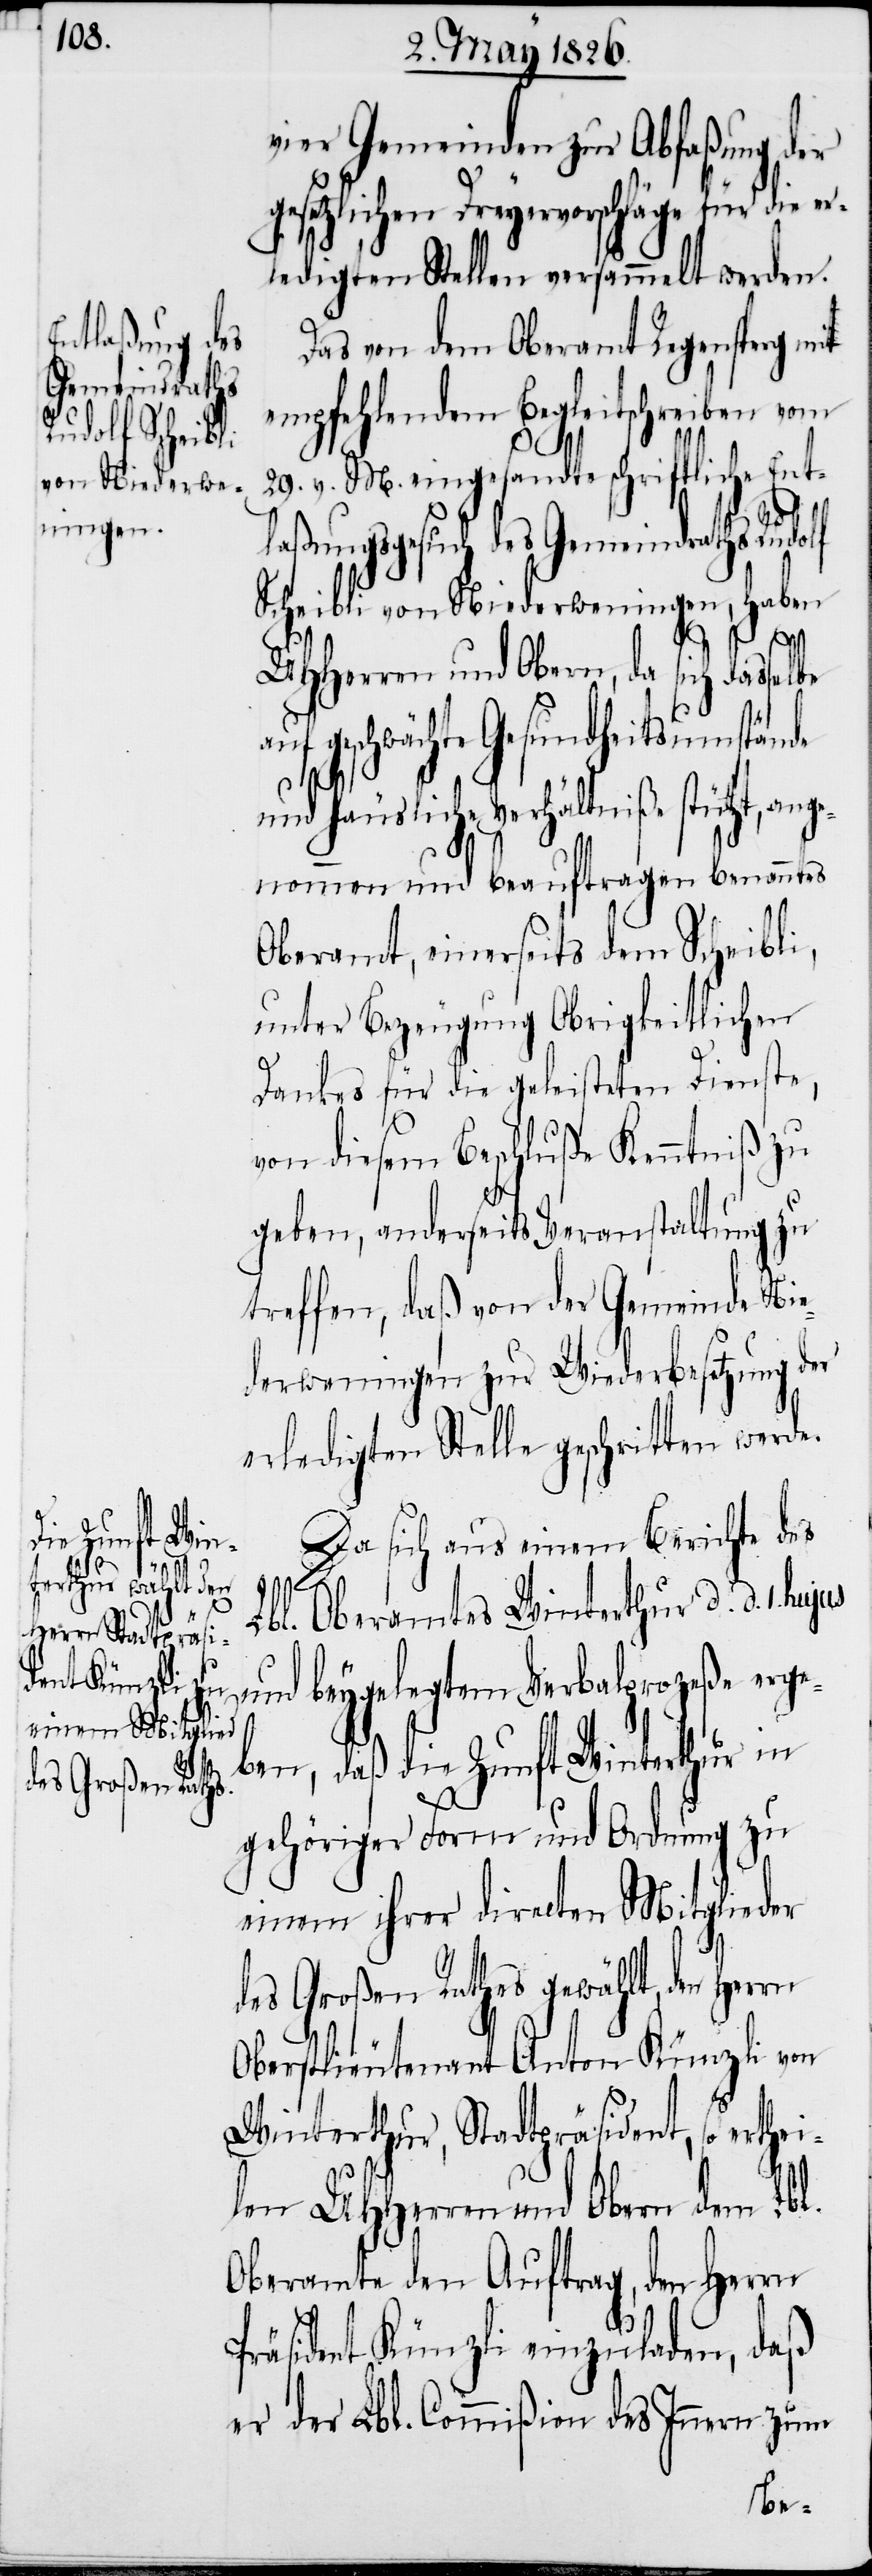
vier Gemeinden zur Abfaßung der
gesetzlichen Dreyervorschläge für die er¬
ledigten Stellen versammelt werden.
Das von dem Oberamt Regensperg mit
empfehlendem Begleitschreiben vom
29. v. M. eingesandte schriftliche Ent¬
thei¬
laßungsgesuch des Gemeindraths Rudolf
Scheibli von Niederweningen, haben
UHHerren und Obern, da sich dasselbe
auf geschwächte Gesundheitsumstände
und häusliche Verhältniße stütz¬
nommen und beauftragen benanntes
Oberamt, einerseits dem Scheibli,
unter Bezeugung Obrigkeitlichen
Dankes für die geleisteten Dienste,
von diesem Beschluße Kenntniß zu
geben, anderseits Veranstaltung zu
treffen, daß von der Gemeinde Nie¬
derweningen zur Wiederbesetzung der
erledigten Stelle geschritten werde.
Da sich aus einem Berichte des
ange¬
Lbl. Oberamtes Winterthur d. d. 1.
und beygelegtem Verbalprozeße erge¬
t,
ben, daß die Zunft Winterthur in
gehöriger Form und Ordnung zu
einem ihrer directen Mitglieder
des Großen Rathes gewählt, den Herrn
Oberstlieutenant Anton Künzli von
Winterthur, Stadtpräsident, so er¬
len UHHerren und Obern dem Lbl.
Oberamte den Auftrag, den Herrn
Präsident Künzli einzuladen, daß
er der Lbl. Commißion des Innern zum